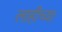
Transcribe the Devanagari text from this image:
लाहीच्या